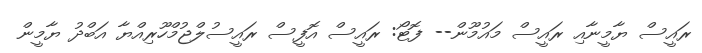
ރައީސް ޔާމީނާއި ރައީސް މައުމޫން-- ފޮޓޯ: ރައީސް އޮފީސް ރައީސުލްޖުމްހޫރިއްޔާ އަބްދު ޔާމީން